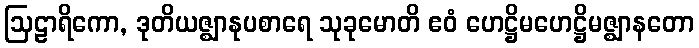
ဩဠာရိကော, ဒုတိယဇ္ဈာနုပစာရေ သုခုမောတိ ဧဝံ ဟေဋ္ဌိမဟေဋ္ဌိမဇ္ဈာနတော